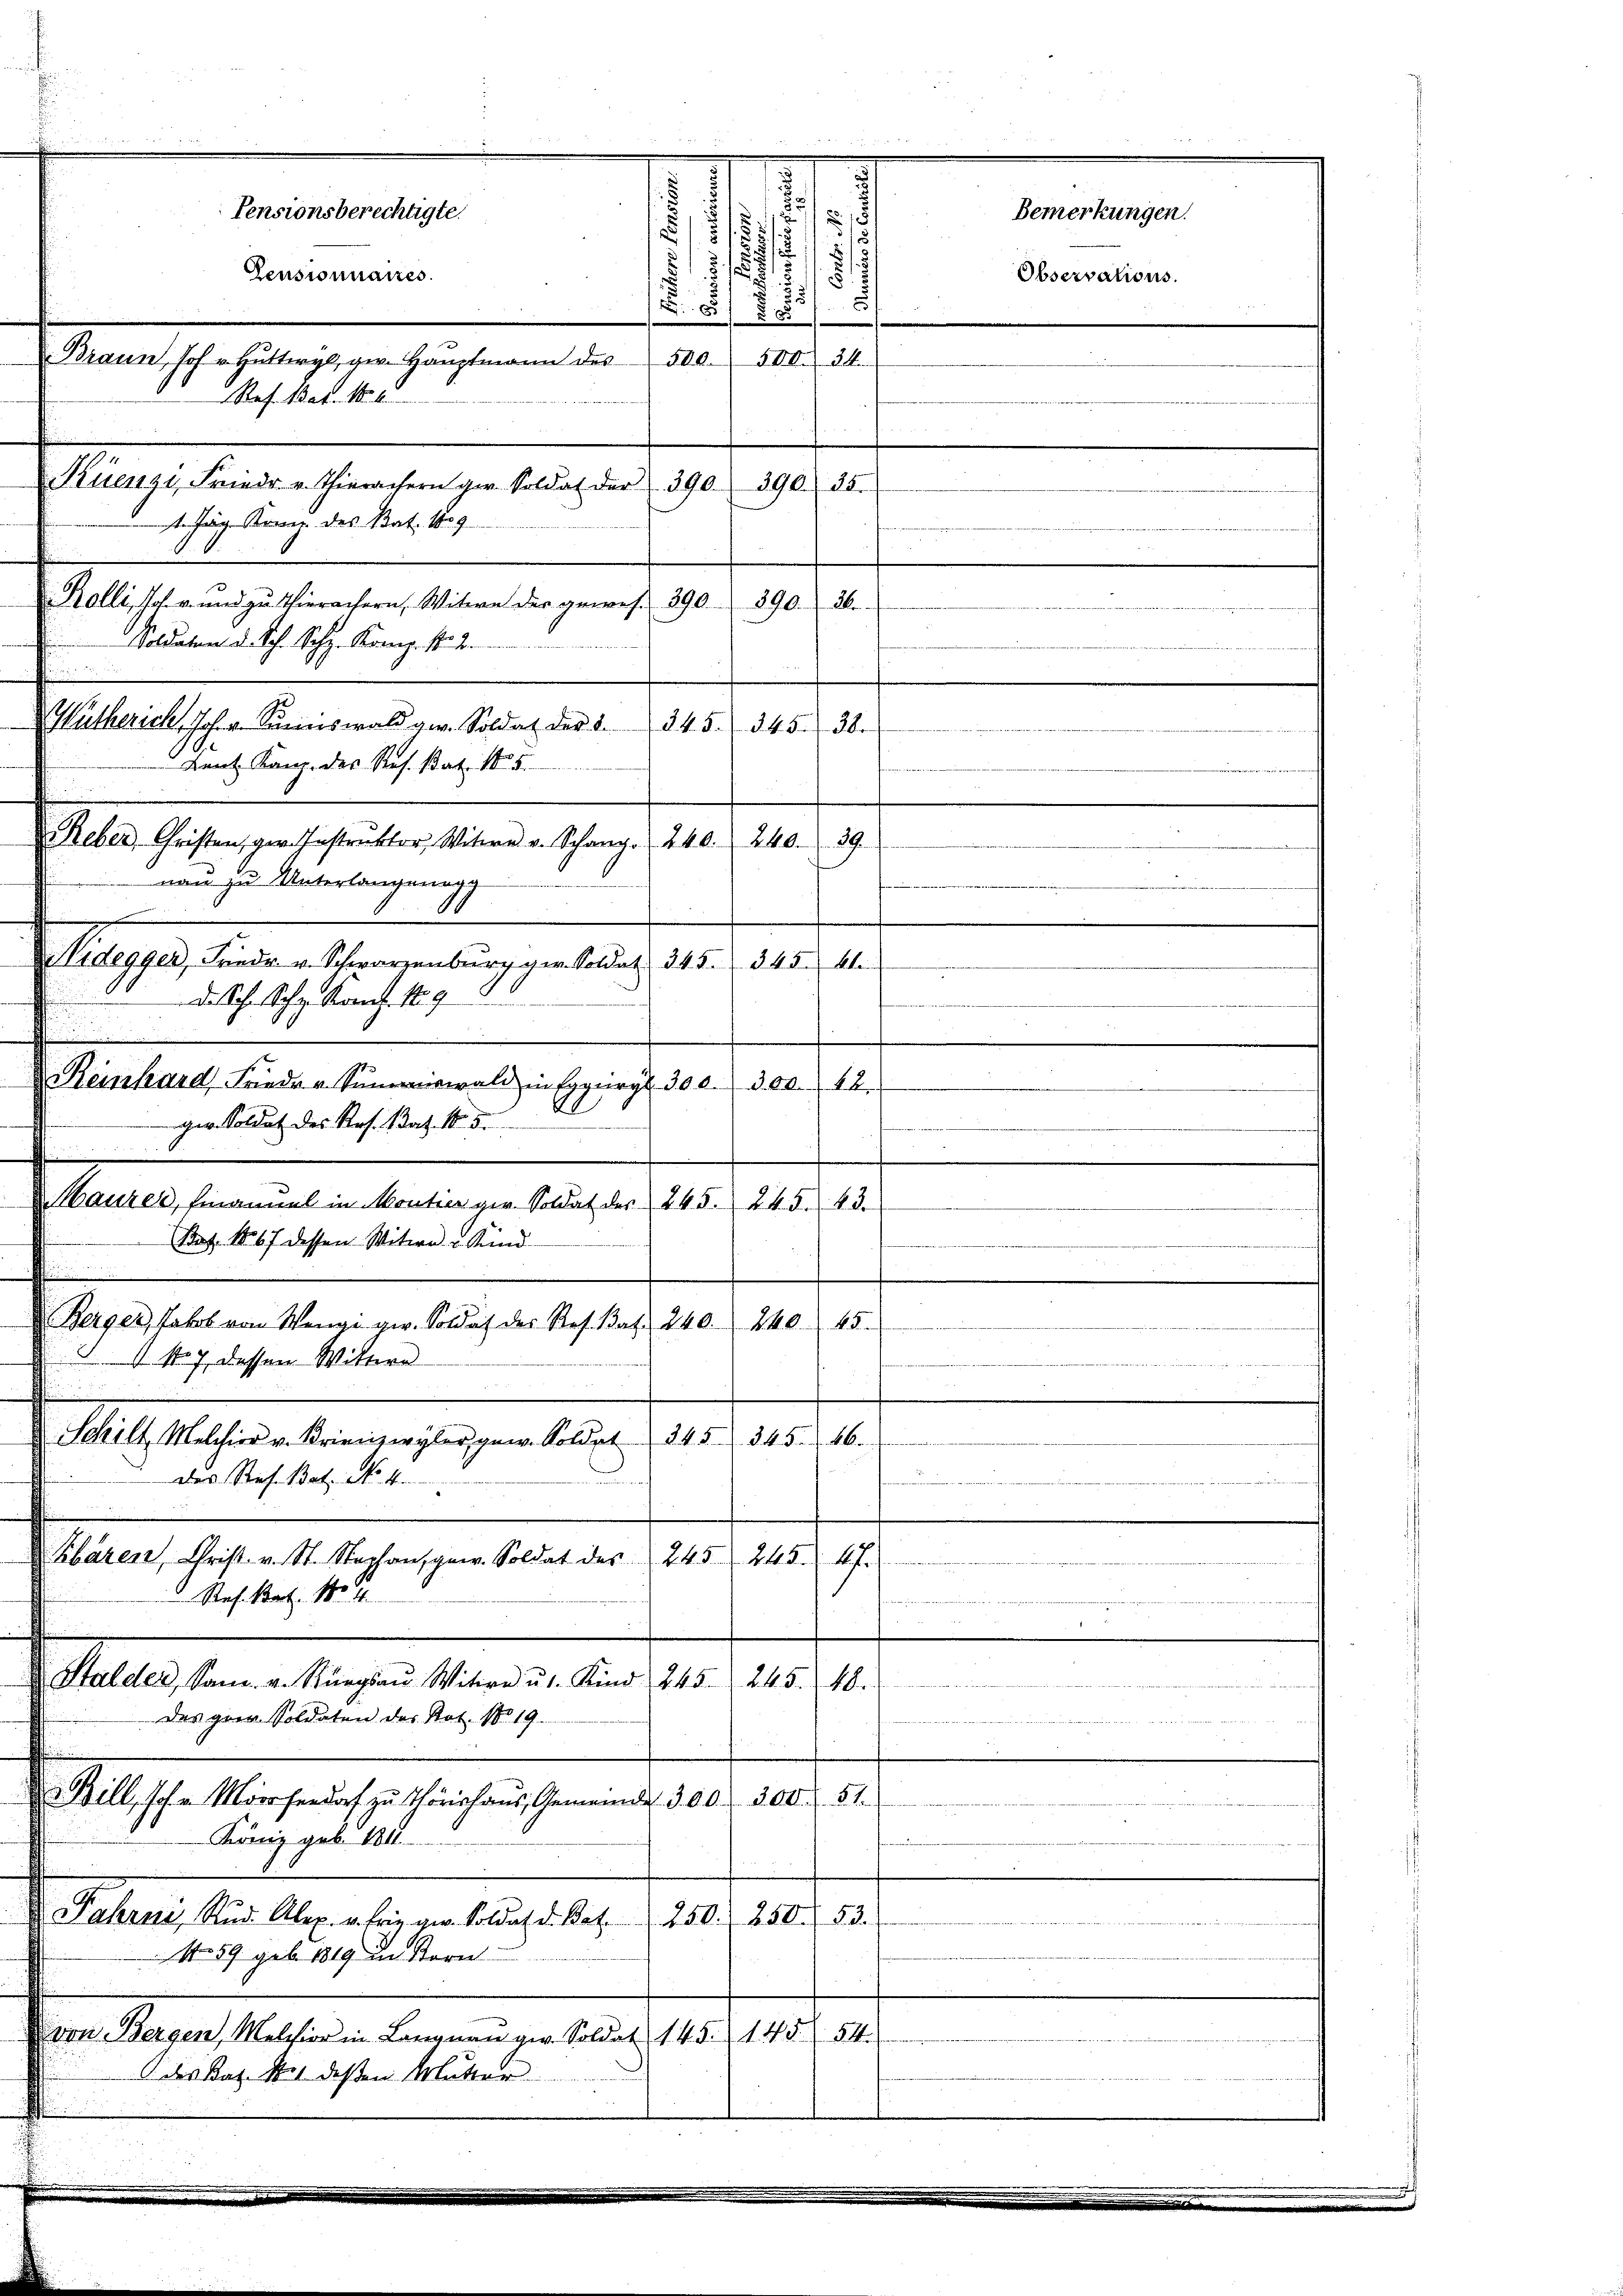
.
Pensionsberechtigte.
Bemerkungen.
Pensionnaires.
Observations.
Braun, Joh. Huttergl. ger. Hauptmann des
Ref. Art. 186
Küenzi, Frieder v. Thierachern ger. Soldat der 390. 390. 25.
t Jäger Kranz des Rat. 1859
.
Woldaten d. Sch. Sch. Komp. Nr. 2.
Wütherich, Joh. v. Kreiswald vor. Soldat der 2. 345. 345. 38.
Lant Kanz. des Res. Bat. 1805.
Reber, Christen, ger. Instruktor Witwe v. Schanz. 240. 240.
29.
nau zu Unterlangung
Nideggen, Friedr. v. Schwarzenbŭrg ger. Soldat 345. 345. 61.
v
da Sch. Ich kant. 189
.

Keinhard Friedr v. Summiswald in Erguryl 30 l. 300. 48.
ger. Soldat des Prof. Satz. 1.
 |
Mauzer, finanmal in Montier ger. Soldat der 245. 245. 43.
Bat. 1867 dessen Witwe u. Stund
Berger, Jakob vom Wengi ge. Soldat des Res. Bat. 240. 240. 45
1 No 7 dessen Wittwe
 einer seine einen . .
n
Kbären Christ. v. St. Stephansgew. Soldat des
245. 245. 47.
Stes. Bat. 1804.
n
Stalden, Sam. v. Stungsaŭ Witwe ŭt. Kind 245. 245. 48.
Des grie. Soldaten der Not. N. 19.
Bill, Joh. v. Mörsendorf zu Thorishaus, Gemeinde 300. 300. 51.
König geb. 180.
250. 250. 53.
Fahrni, Rud. Aber v. Friz gen. Soldat d. Bat.
1059 geb. 1819 in Korn
von Bergen, Melchior in Langnau ge. Soldat 145. 145. 54.
des Kat. No 1. deßen Mutter

Schilt, Melchior v. Krienzwyler, gew. Soldat 345. 345. 46.
Das Straf. Bat. No. 4.

.
s
715/
u
1/1
.
500. 500. 34.

. 65 § 1857

Kolli, Joh. v. und zu Thierachern, Witwe der gewes. 390. 390. 26.